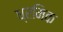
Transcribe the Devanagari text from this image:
ध्रमिक